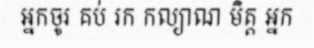
អ្នកចូរ គប់ រក កល្យាណ មិត្ត អ្នក